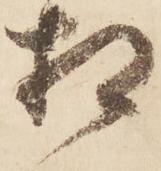
相